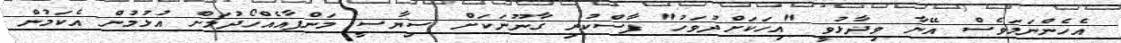
އެހެންނަމަވެސް އޭނާ ވިދާޅުވީ "އިހަކަށްދުވަހު" ފާސްކުރި ގާނޫނަކަށް ސިޔާސީ މަންފާއެއްހޯދުމަށް އުޅުމުން އެކަމުން